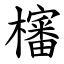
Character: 㰂